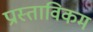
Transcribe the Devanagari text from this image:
प्रास्ताविकम